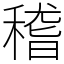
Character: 稽